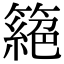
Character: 𥳵